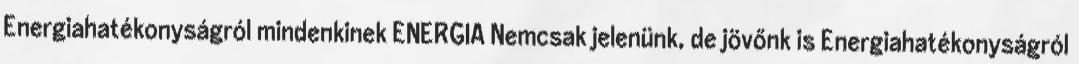
Energiahatékonyságról mindenkinek ENERGIA Nemcsak jelenünk, de jövőnk is Energiahatékonyságról